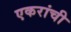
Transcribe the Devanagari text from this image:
एकरांची